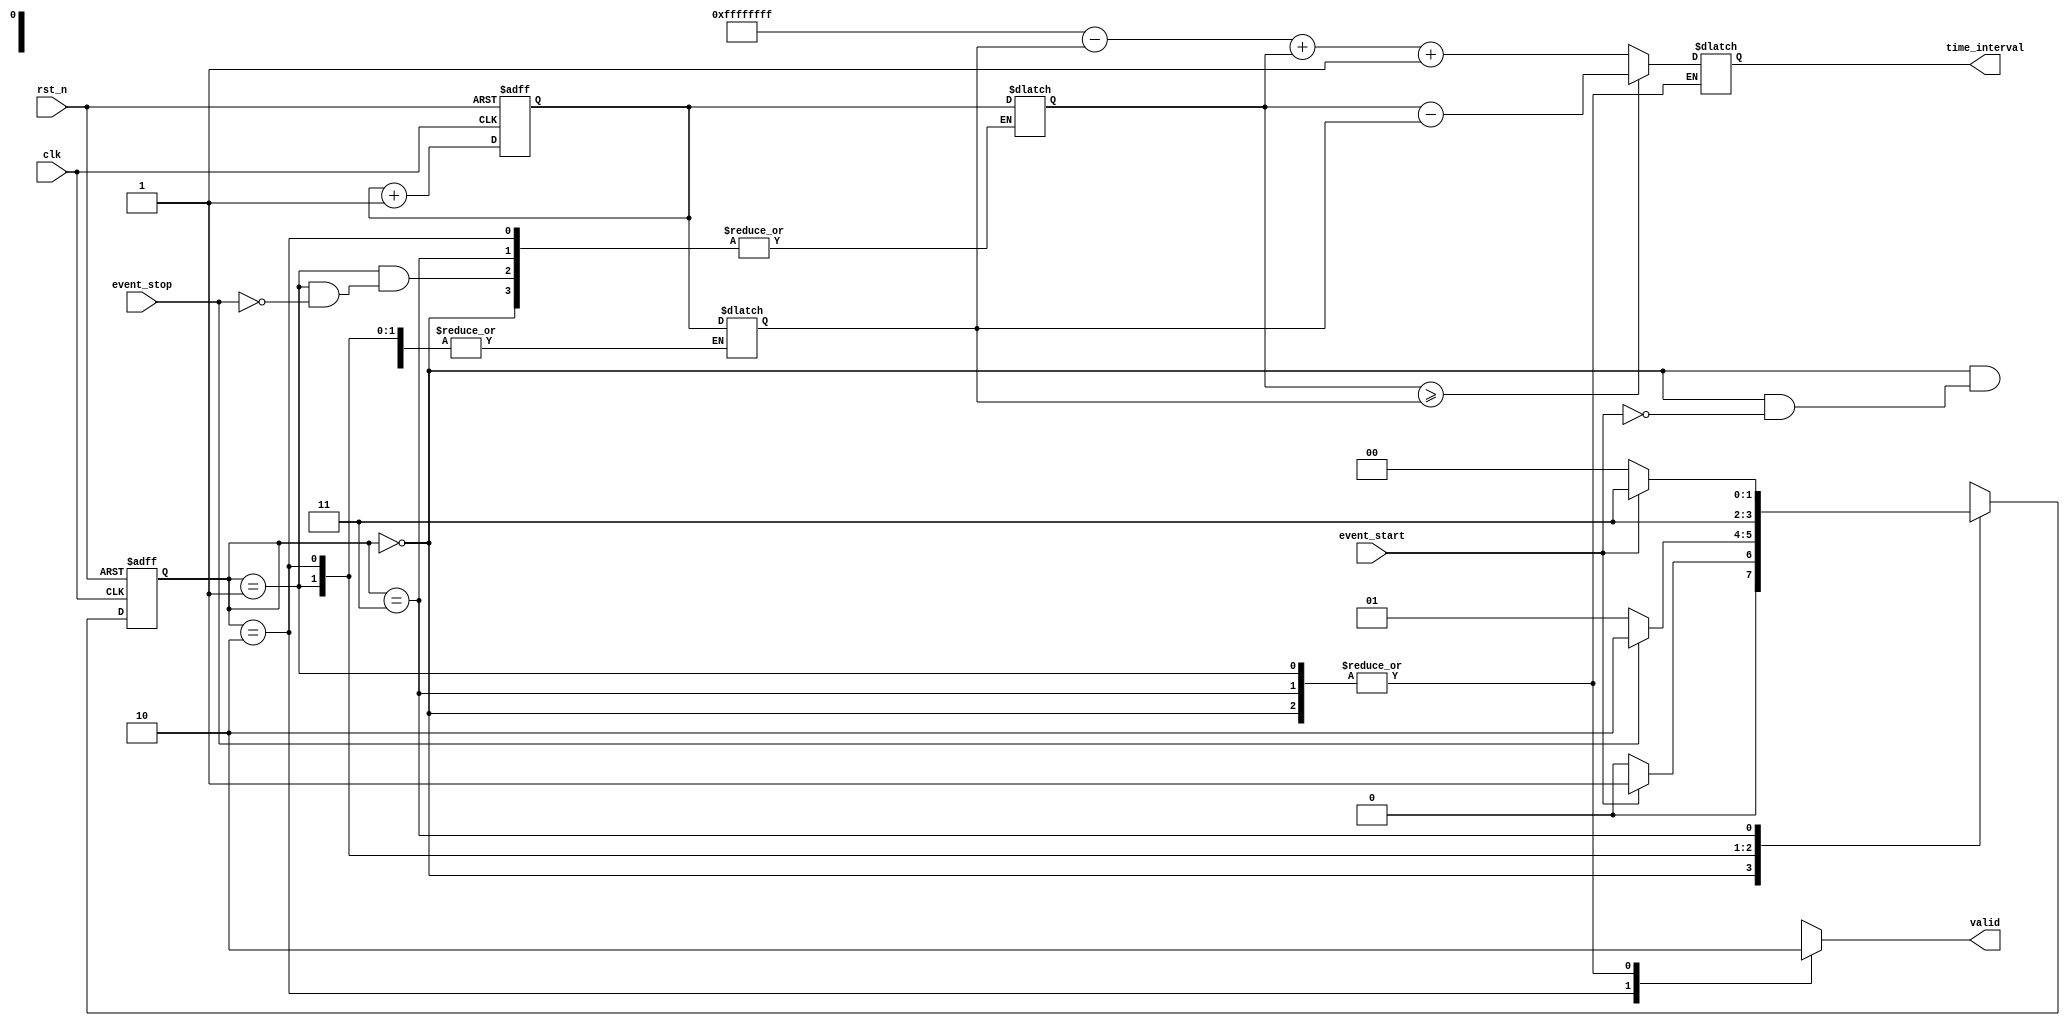
module TDC (
    input wire clk,         // System clock
    input wire rst_n,       // Active low reset
    input wire event_start,  // Start event signal
    input wire event_stop,   // Stop event signal
    output reg [31:0] time_interval, // Output time interval
    output reg valid        // Output valid signal
);

    // State definitions
    localparam IDLE         = 2'b00;
    localparam START_CAPTURE = 2'b01;
    localparam STOP_CAPTURE  = 2'b10;
    localparam OUTPUT        = 2'b11;

    reg [1:0] state, next_state;
    reg [31:0] start_time, stop_time; // Time stamps
    reg [31:0] current_time;           // Current clock count

    // Clock counter - simple counter to mimic time measurement
    always @(posedge clk or negedge rst_n) begin
        if (!rst_n)
            current_time <= 32'b0;
        else
            current_time <= current_time + 1'b1; // Increment every clock cycle
    end

    // State transition logic
    always @(posedge clk or negedge rst_n) begin
        if (!rst_n)
            state <= IDLE;
        else
            state <= next_state;
    end

    // Next state and output logic
    always @(*) begin
        valid = 1'b0; // Default output valid to low
        case (state)
            IDLE: begin
                if (event_start) begin
                    start_time = current_time; // Capture start time
                    next_state = START_CAPTURE;
                end else begin
                    next_state = IDLE;
                end
            end
            
            START_CAPTURE: begin
                if (event_stop) begin
                    stop_time = current_time; // Capture stop time
                    next_state = STOP_CAPTURE;
                end else begin
                    next_state = START_CAPTURE;
                end
            end
            
            STOP_CAPTURE: begin
                // Calculate the time difference
                if (stop_time >= start_time) begin
                    time_interval = stop_time - start_time; // Normal case
                end else begin
                    // Handle wrap-around
                    time_interval = (32'hFFFFFFFF - start_time) + stop_time + 1;
                end
                valid = 1'b1; // Indicate output is valid
                next_state = OUTPUT;
            end
            
            OUTPUT: begin
                // Wait for the next measurement cycle
                if (!event_start) begin
                    next_state = IDLE;
                end else begin
                    next_state = OUTPUT;
                end
            end
            
            default: next_state = IDLE; // Default to IDLE if invalid state
        endcase
    end

endmodule